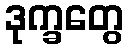
ဒုက္ခတွေ